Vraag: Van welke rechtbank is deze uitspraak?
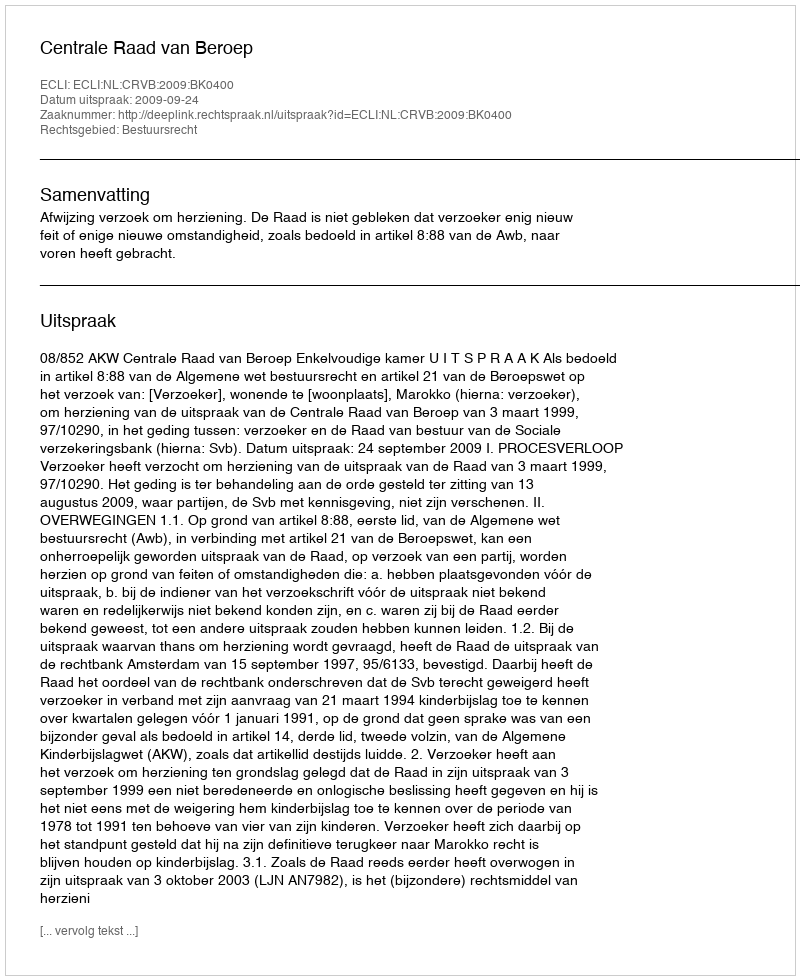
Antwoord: Centrale Raad van Beroep